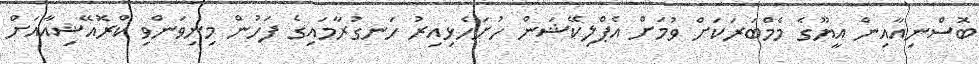
ބޮސްނިއާއިން އީޔޫގެ މެމްބަރަކަށް ވުމަށް އެޕްލިކޭޝަން ހުށަހެޅިއިރު ހަނގުރާމައިގެ ފަހުން މިނިވަންވި ކްރޮއޭޝިއާއަށް